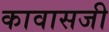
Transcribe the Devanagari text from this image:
कावासजी